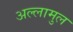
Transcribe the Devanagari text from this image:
अल्लामुल